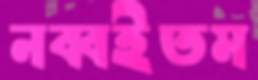
নব্বইতম